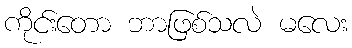
ကိုင်းတော ဘာဖြစ်သလဲ မလေး